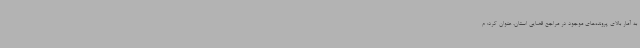
به آمار بالای پرونده‌های موجود در مراجع قضایی استان، عنوان کرد: م